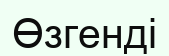
Өзгенді